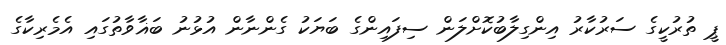
ޕީ ތުރުކީގެ ސަރުކާރު އިންގިލާބުކޮށްލަން ސިފައިންގެ ބަޔަކު ގެންނާން އުޅުނު ބަޣާވާތުގައި އެމެރިކާގެ